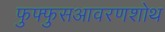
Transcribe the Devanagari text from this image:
फुफ्फुसआवरणशोथ